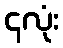
၄လုံး